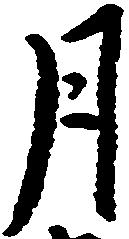
月